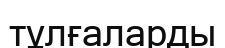
тұлғаларды